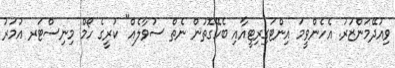
ވިއުދޭމަންޒަރު. އެހެންވީމަ އިންޓަގިރިޓީއާއި ބެހޭގޮތުން ނެތް ސުވާލެއް" ކުރީގެ ހޯމް މިނިސްޓަރ އުމަރު